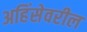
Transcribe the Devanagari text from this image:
अहिंसेवरील